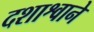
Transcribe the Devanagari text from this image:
दशाश्वाने